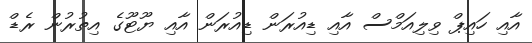
އާއި ހައިޕް ވިލިއަމްސް އާއި ޑިއުރަން ޑިއުރަން އާއި ޔޫޓޫގެ އިތުރުން ރެޑް